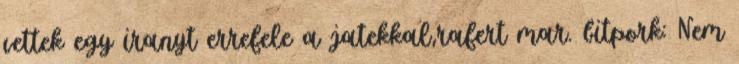
vettek egy iranyt errefele a jatekkal,rafert mar. bitpork: Nem